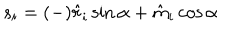
s _ { i } = ( - ) \hat { r } _ { i } \sin \alpha + \hat { m } _ { i } \cos \alpha